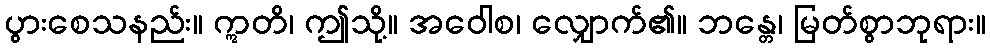
ပွားစေသနည်း။ ဣတိ၊ ဤသို့။ အဝေါစ၊ လျှောက်၏။ ဘန္တေ၊ မြတ်စွာဘုရား။